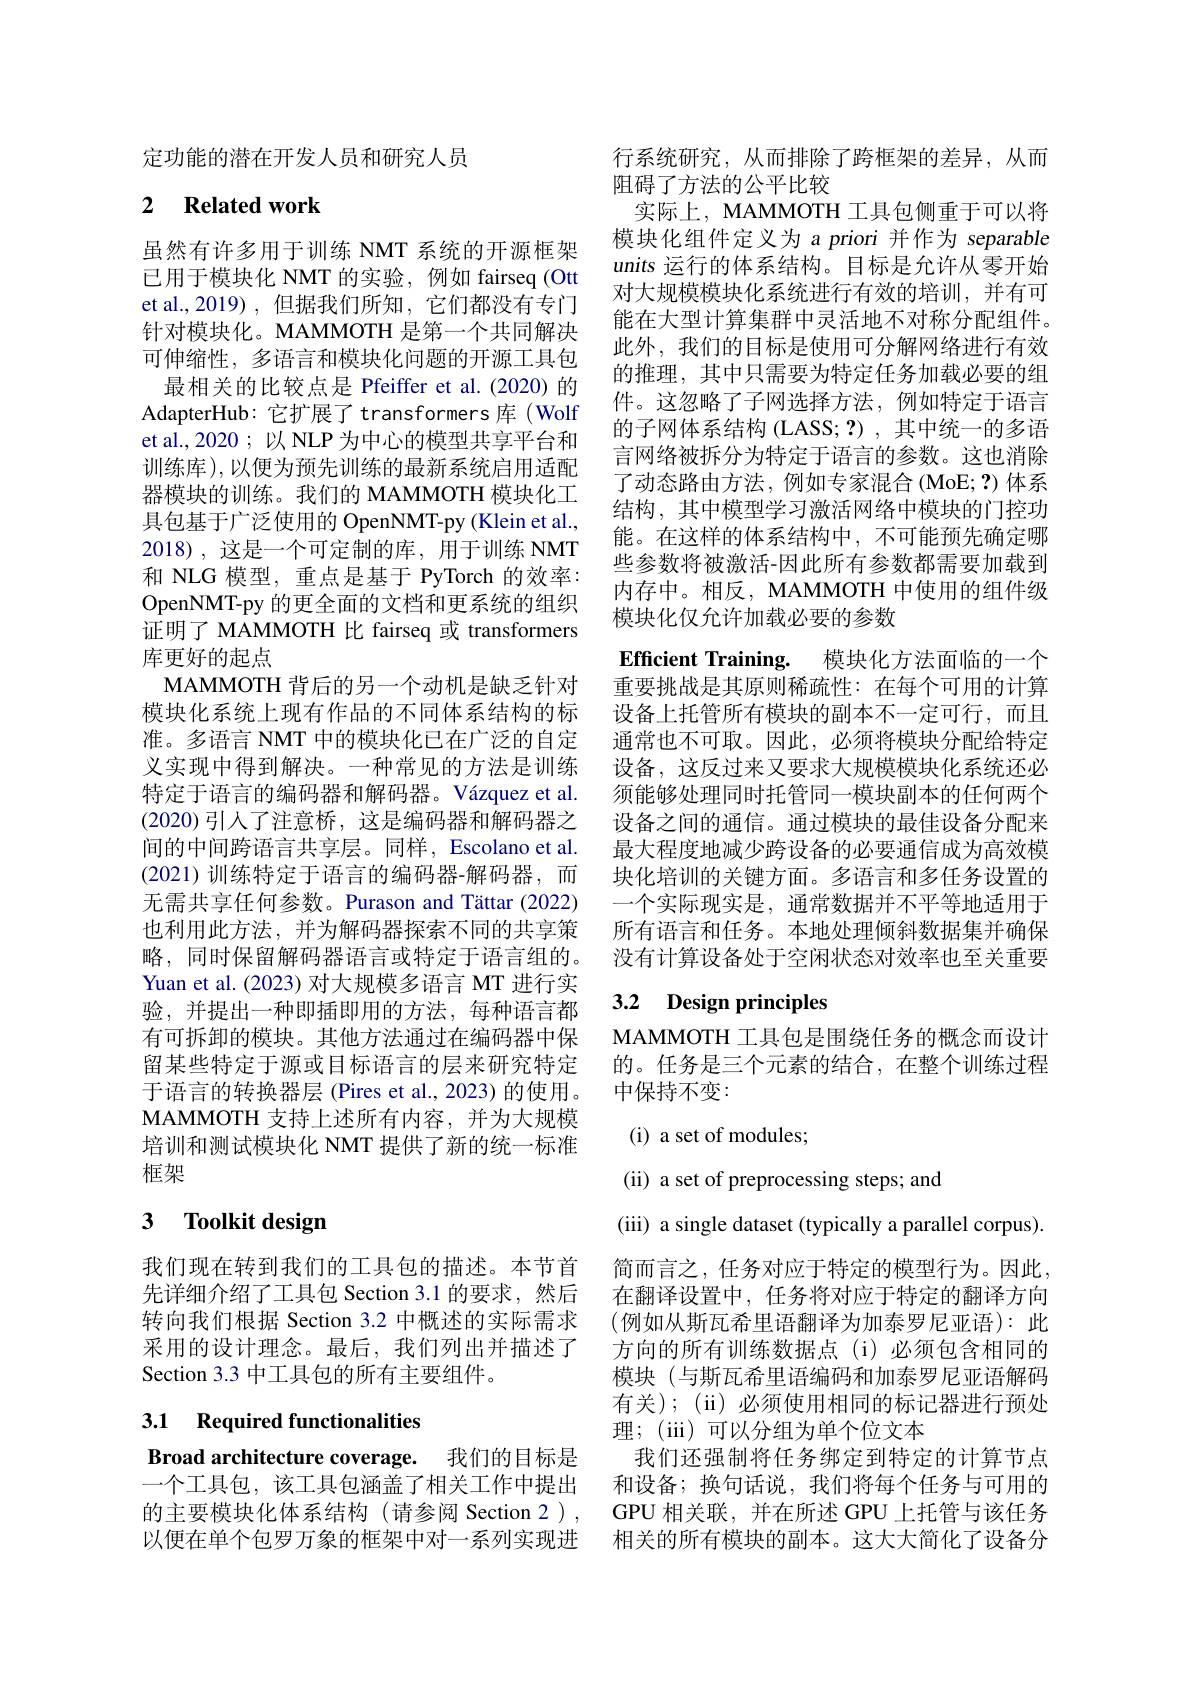
定功能的潜在开发人员和研究人员

## 2 $\textbf{Related work}$

虽然有许多用于训练 NMT 系统的开源框架已用于模块化 NMT 的实验，例如 fairseq (Ott et al.,2019) ,但据我们所知 ,它们都没有专门针对模块化。MAMMOTH 是第一个共同解决可伸缩性，多语言和模块化问题的开源工具包最相关的比较点是 Pfeiffer et al.(2020)的
AdapterHub: 它扩展了 transformers 库 (Wolf et al.,2020 ; 以 NLP 为中心的模型共享平台和训练库),以便为预先训练的最新系统启用适配器模块的训练。我们的 MAMMOTH 模块化工具包基于广泛使用的 OpenNMT-py (Klein et al., 2018),这是一个可定制的库，用于训练 NMT 和 NLG 模型，重点是基于 PyTorch 的效率： OpenNMT-py 的更全面的文档和更系统的组织证明了 MAMMOTH 比 fairseq 或 transformers 库更好的起点
MAMMOTH 背后的另一个动机是缺乏针对模块化系统上现有作品的不同体系结构的标准。多语言 NMT 中的模块化已在广泛的自定义实现中得到解决。一种常见的方法是训练特定于语言的编码器和解码器。Vázquez et al. (2020)引人了注意桥，这是编码器和解码器之间的中间跨语言共享层。同样，Escolano et al. (2021)训练特定于语言的编码器-解码器，而无需共享任何参数。Purason and Tättar (2022) 也利用此方法，并为解码器探索不同的共享策略，同时保留解码器语言或特定于语言组的。Yuan et al. (2023) 对大规模多语言 MT 进行实验，并提出一种即插即用的方法，每种语言都有可拆卸的模块。其他方法通过在编码器中保留某些特定于源或目标语言的层来研究特定于语言的转换器层 (Pires et al., 2023) 的使用。MAMMOTH 支持上述所有内容，并为大规模培训和测试模块化 NMT 提供了新的统一标准框架

### 3 $\textbf{Toolkit design}$

转向我们根据 Section 3.2 中概述的实际需求采用的设计理念。最后，我们列出并描述了Section 3.3 中工具包的所有主要组件。

3.1 Required functionalities

行系统研究，从而排除了跨框架的差异，从而
阻碍了方法的公平比较
实际上，MAMMOTH 工具包侧重于可以将模块化组件定义为 a priori 并作为 separable units 运行的体系结构。目标是允许从零开始对大规模模块化系统进行有效的培训，并有可能在大型计算集群中灵活地不对称分配组件。此外，我们的目标是使用可分解网络进行有效的推理，其中只需要为特定任务加载必要的组件。这忽略了子网选择方法，例如特定于语言的子网体系结构 (LASS; ?) , 其中统一的多语言网络被拆分为特定于语言的参数。这也消除了动态路由方法，例如专家混合(MoE; ?)体系结构，其中模型学习激活网络中模块的门控功能。在这样的体系结构中，不可能预先确定哪些参数将被激活-因此所有参数都需要加载到内存中。相反，MAMMOTH 中使用的组件级模块化仅允许加载必要的参数
Efficient Training. 模块化方法面临的一个重要挑战是其原则稀疏性：在每个可用的计算设备上托管所有模块的副本不一定可行，而且通常也不可取。因此，必须将模块分配给特定设备，这反过来又要求大规模模块化系统还必须能够处理同时托管同一模块副本的任何两个设备之间的通信。通过模块的最佳设备分配来最大程度地减少跨设备的必要通信成为高效模块化培训的关键方面。多语言和多任务设置的一个实际现实是，通常数据并不平等地适用于所有语言和任务。本地处理倾斜数据集并确保没有计算设备处于空闲状态对效率也至关重要

## 3.2 Design principles

MAMMOTH 工具包是围绕任务的概念而设计的。任务是三个元素的结合，在整个训练过程中保持不变：
( i) a set of modules;
(ii) a set of preprocessing steps; and
(iii) a single dataset (typically a parallel corpus)
我们现在转到我们的工具包的描述。本节首 简而言之，任务对应于特定的模型行为。因此， 先详细介绍了工具包 Section 3.1 的要求，然后 在翻译设置中，任务将对应于特定的翻译方向
(例如从斯瓦希里语翻译为加泰罗尼亚语):此方向的所有训练数据点 (i)必须包含相同的模块(与斯瓦希里语编码和加泰罗尼亚语解码有关);(ii)必须使用相同的标记器进行预处理；(iii)可以分组为单个位文本
Broad architecture coverage. 我们的目标是 我们还强制将任务绑定到特定的计算节点一个工具包，该工具包涵盖了相关工作中提出 和设备；换句话说，我们将每个任务与可用的的主要模块化体系结构 (请参阅 Section 2), GPU 相关联，并在所述 GPU 上托管与该任务以便在单个包罗万象的框架中对一系列实现进 相关的所有模块的副本。这大大简化了设备分